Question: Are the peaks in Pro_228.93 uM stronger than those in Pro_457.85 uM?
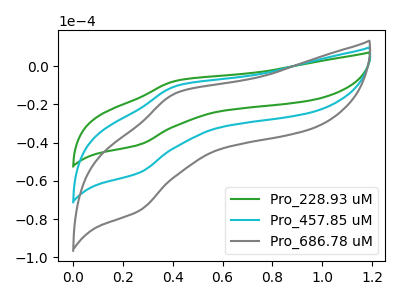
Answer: <think>The green curve "Pro_228.93 uM" has an anodic peak at (0.40V, -7.55uA) and a cathodic peak at (0.25V, -41.05uA). The cyan curve "Pro_457.85 uM" has an anodic peak at (0.40V, -10.25uA) and a cathodic peak at (0.25V, -55.65uA). The gray curve "Pro_686.78 uM" has an anodic peak at (0.40V, -20.50uA) and a cathodic peak at (0.25V, -111.30uA).</think>
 <answer>The peaks in "Pro_228.93 uM" are neither all higher or all lower than the peaks in "Pro_457.85 uM".</answer>
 <eval>mixed</eval>